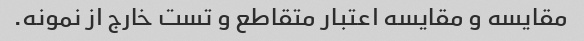
مقایسه و مقایسه اعتبار متقاطع و تست خارج از نمونه.